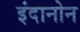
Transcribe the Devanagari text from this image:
इंदानोन